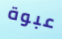
عبوة